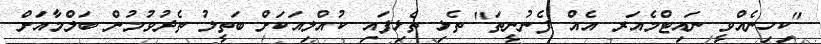
"ކިހިނެއްވީ ނައިޓްމެއަރ އެއް ފެނުނީތަ" ތެޅި ތެޅިފައި ކުއްލިއަކަށް ބަތީލު ތެދުވުމުން ބަލްމާއަށް